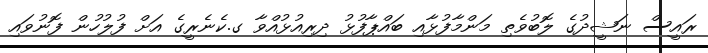
ރައީސް ނަޝީދުގެ ލޮބުވެތި މަންމާފުޅާއި ބައްޕާފުޅު ދިރިއުޅުއްވާ ގ.ކެނެރީގެ އަށް ފުލުހުން ފޮނުވައި